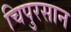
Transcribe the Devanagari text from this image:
चिपुरसान